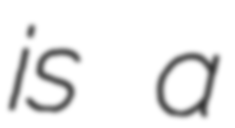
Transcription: is a